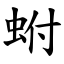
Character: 蚹